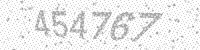
Solution: 454767